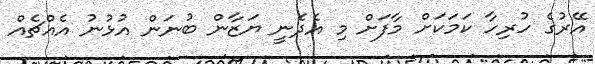
އޭރުގެ ހުރިހާ ކަމަކަށް މާފަށް މި އެދެނީ ޔަޒާން ބުނަން އުޅުނު އެއްޗެއް